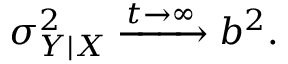
\sigma _ { Y \mid X } ^ { 2 } \xrightarrow { t \rightarrow \infty } b ^ { 2 } .